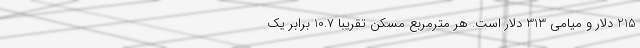
215 دلار و میامی 313 دلار است. هر مترمربع مسکن تقریبا 10.7 برابر یک